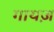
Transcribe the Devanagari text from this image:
गायज़